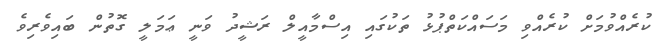
ކުރެއްވުމަށް ކުރެއްވި މަސައްކަތްޕުޅު ތަކުގައި އިސްމާއީލް ރަޝީދު ވަނީ ޢަމަލީ ގޮތުން ބައިވެރިވެ